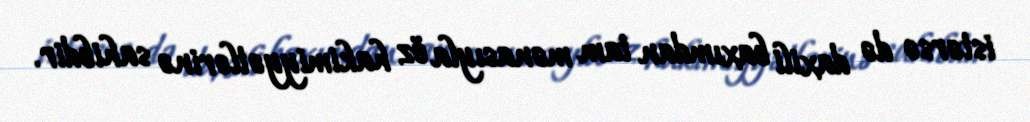
istərsə də daxili baxımdan tam mənasıyla öz hakimiyyətlərinə sahibdir.